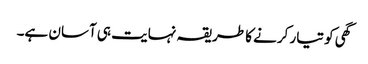
گھی کو تیار کرنے کا طریقہ نہایت ہی آسان ہے۔